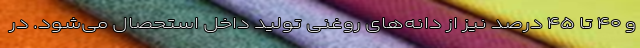
و ۴۰ تا ۴۵ درصد نیز از دانه‌های روغنی تولید داخل استحصال می‌شود. در